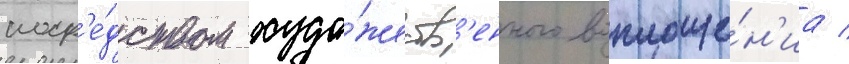
поср'е́дством худо́жеств'енного воплоще́н'иа /